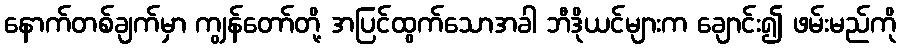
နောက်တစ်ချက်မှာ ကျွန်တော်တို့ အပြင်ထွက်သောအခါ ဘီဒိုယင်များက ချောင်း၍ ဖမ်းမည်ကို